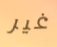
غير